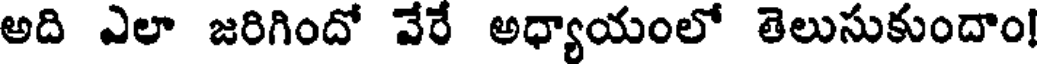
అది ఎలా జరిగిందో వేరే అధ్యాయంలో తెలుసుకుందాం!